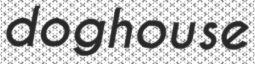
doghouse